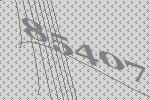
85407